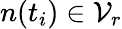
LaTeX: n(t_{i})\in\mathcal{V}_{r}